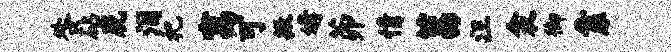
咎砧虎泪祀寓可撒媾茆情莒汪衾御靠